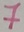
Text: 7